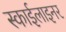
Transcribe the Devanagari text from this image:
स्काईलाइनर